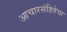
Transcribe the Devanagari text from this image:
आचारसंहितेचा